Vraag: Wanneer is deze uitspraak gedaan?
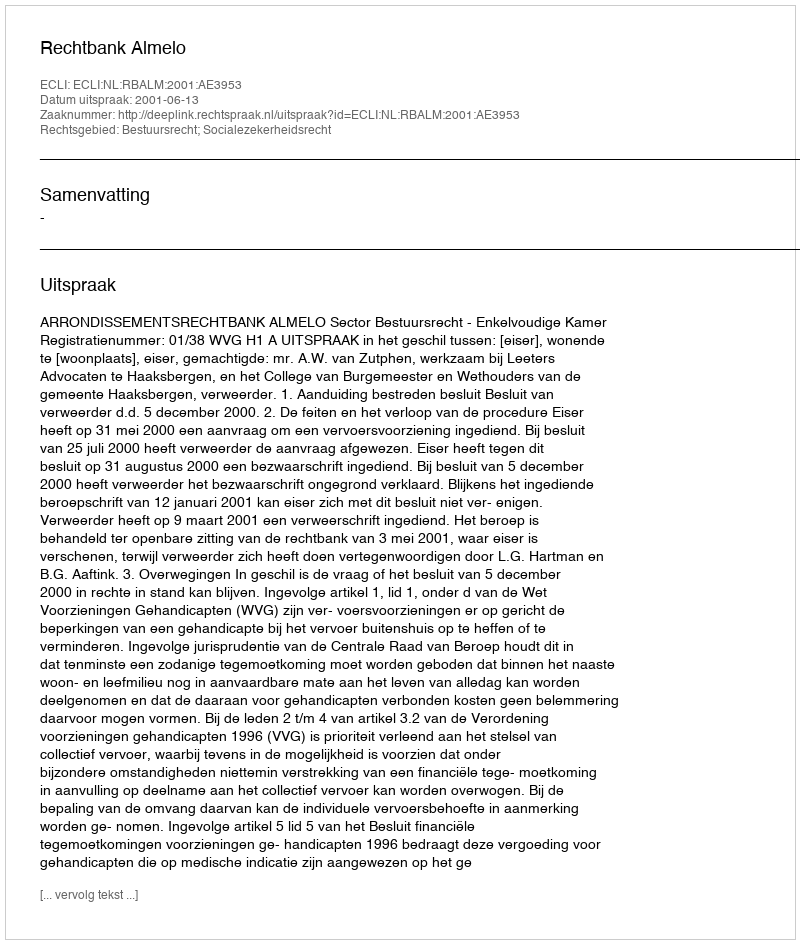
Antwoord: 2001-06-13